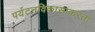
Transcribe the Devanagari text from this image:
पर्यटनविकासाकरता